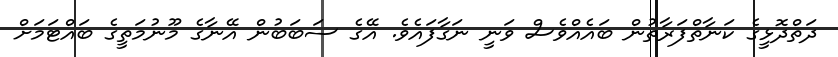
ދަތްދޮޅީގެ ކަނާތްފަރާތުން ބައެއްވެސް ވަނީ ނަގާފައެވެ. އޭގެ ސަބަބުން އޭނާގެ މޫނުމަތީގެ ބައްޓަމަށް